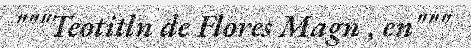
"""Teotitln de Flores Magn , en"""